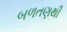
બળતણથી